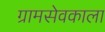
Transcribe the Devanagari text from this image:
ग्रामसेवकाला